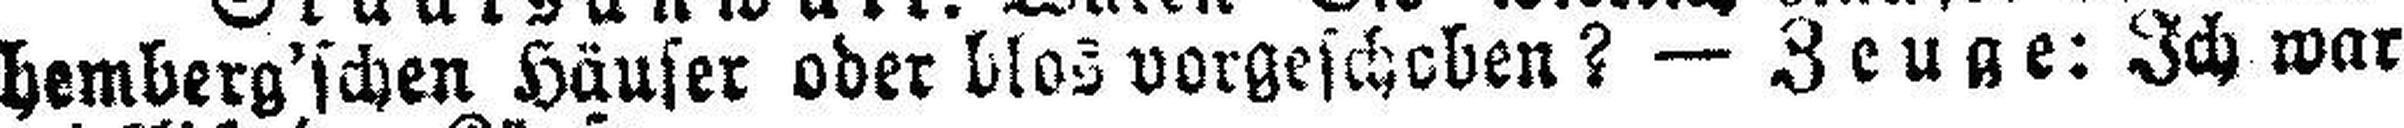
hemberg'schen Häuser oder blos vorgeschoben? — Zeuge: Ich war